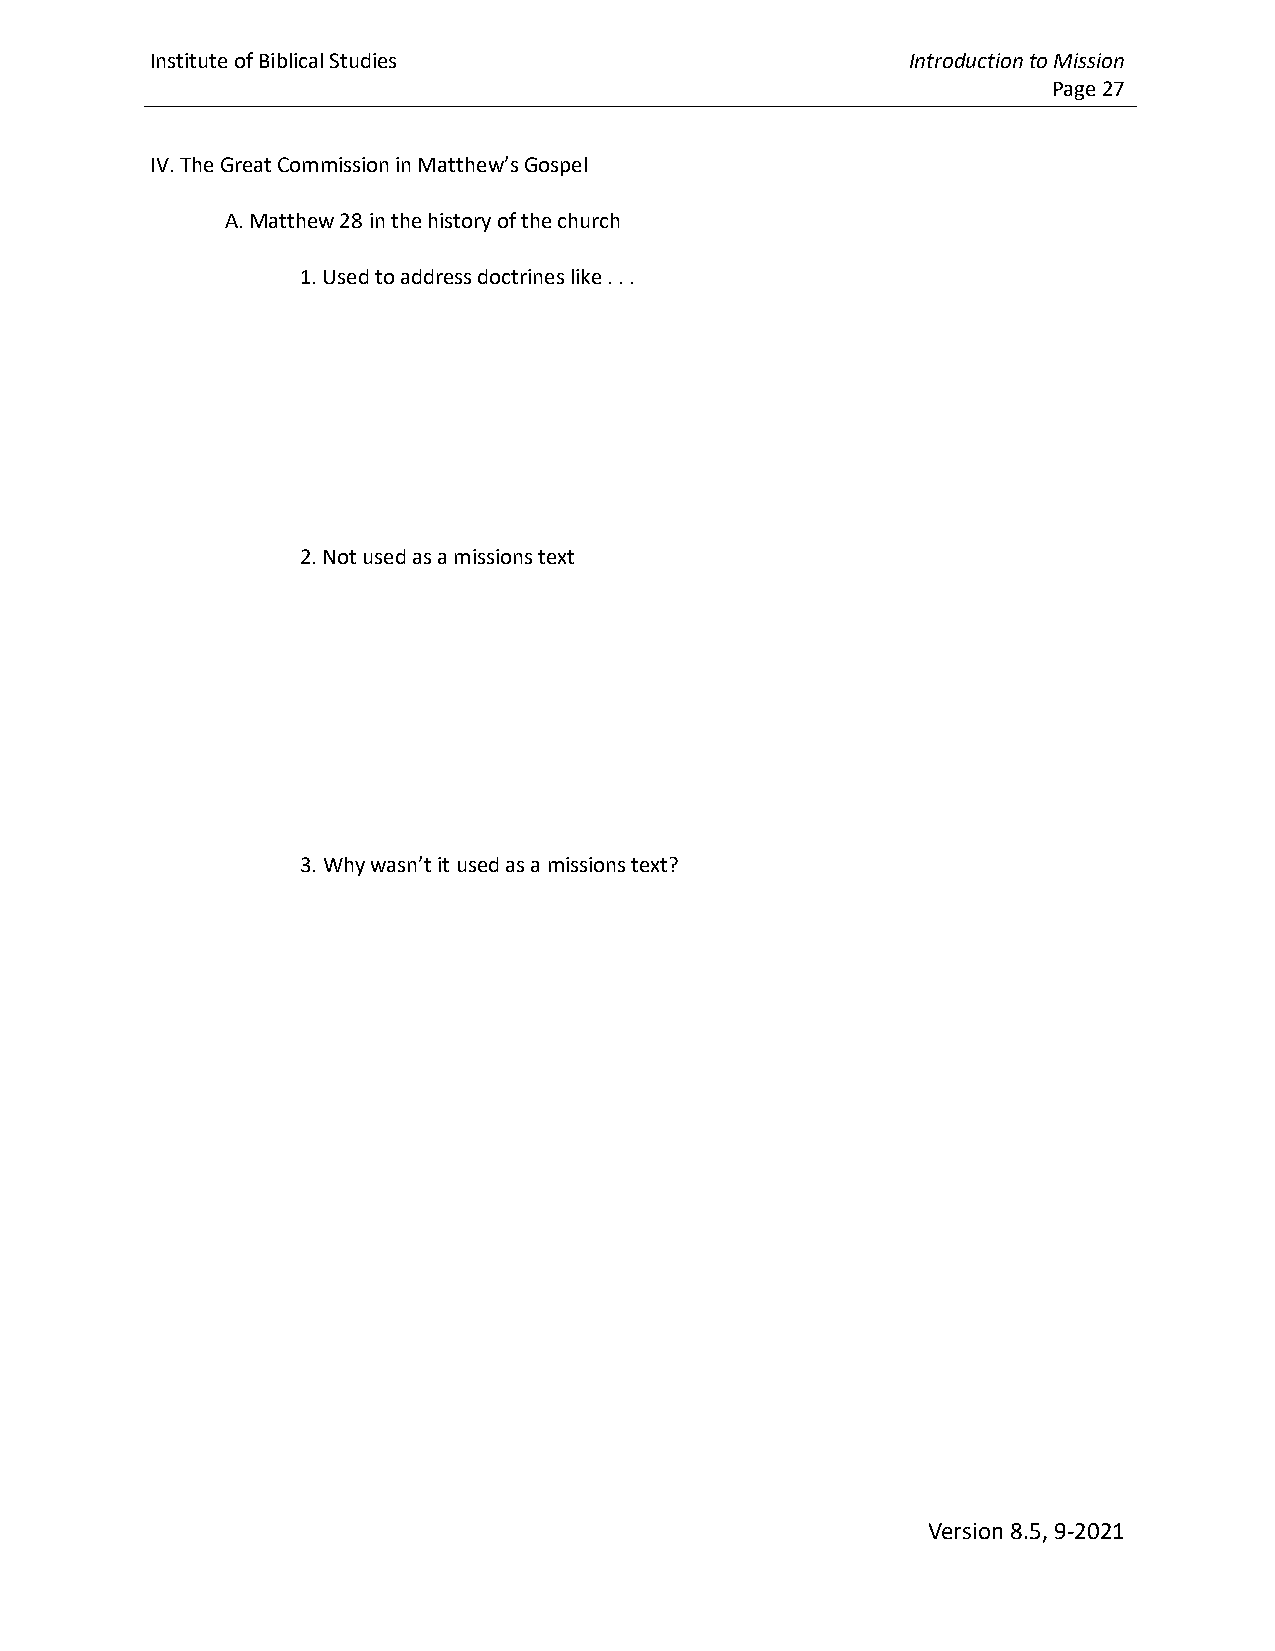
Institute of Biblical Studies                     Introduction to Mission
 Page 27
 IV. The Great Commission in Matthew’s Gospel
 A. Matthew 28 in the history of the church
 1. Used to address doctrines like . . .
 2. Not used as a missions text
 3. Why wasn’t it used as a missions text?
 Version 8.5, 9-2021